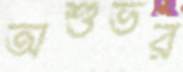
অশুভর